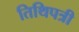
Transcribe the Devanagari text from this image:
तिथिपत्री